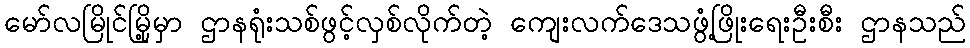
မော်လမြိုင်မြို့မှာ ဌာနရုံးသစ်ဖွင့်လှစ်လိုက်တဲ့ ကျေးလက်ဒေသဖွံ့ဖြိုးရေးဦးစီး ဌာနသည်